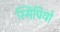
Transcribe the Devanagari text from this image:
स्सिपियो